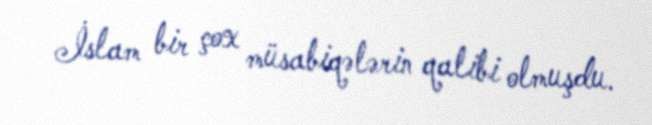
İslam bir çox müsabiqələrin qalibi olmuşdu.